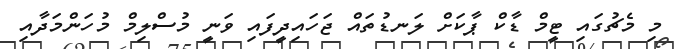
މި މެޗުގައި ޓީމް ޑާކް ޕާކަށް ލަނޑުތައް ޖަހައިދީފައި ވަނީ މުސްލިމް މުހަންމަދާއި